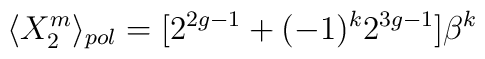
\langle X_2^m \rangle_{pol}       =      [2^{2g-1} + (-1)^k 2^{3g-1}] \beta^{k}